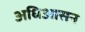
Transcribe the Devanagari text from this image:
अधिआसन